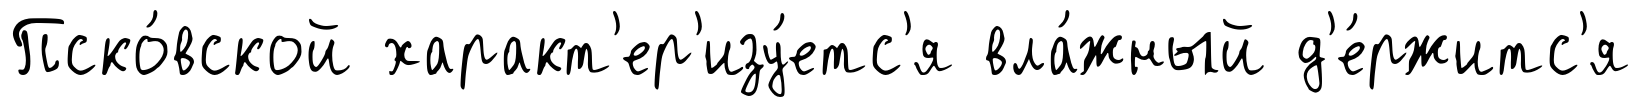
Пско́вской характ'ер'изу́етс'я вла́жный д'е́ржитс'я